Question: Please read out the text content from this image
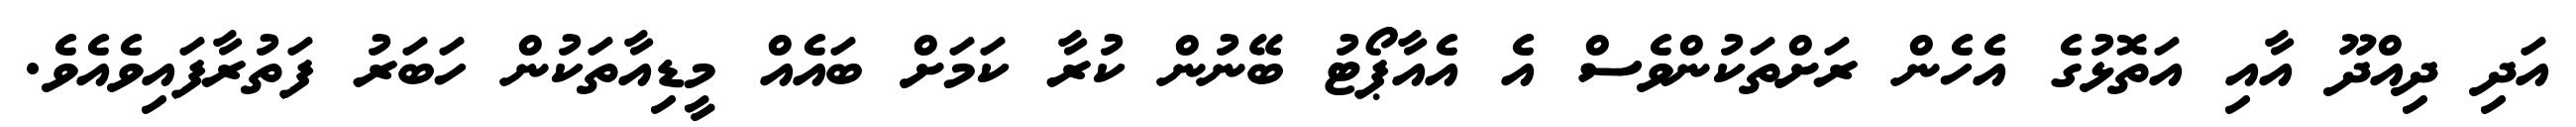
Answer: އަދި ދިއްދޫ އާއި އަތޮޅުގެ އެހެން ރަށްތަކުންވެސް އެ އެއާޕޯޓު ބޭނުން ކުރާ ކަމަށް ބައެއް މީޑިއާތަކުން ހަބަރު ފަތުރާފައިވެއެވެ.